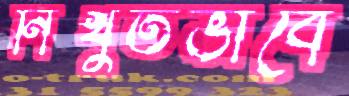
নিঁখুতভাবে